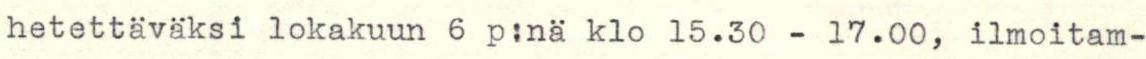
hetettäväksi lokakuun 6 p:nä klo 15.30 - 17.00, ilmoitam-